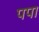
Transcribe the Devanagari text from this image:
पपा